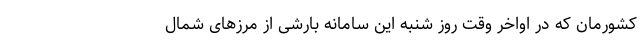
کشورمان که در اواخر وقت روز شنبه این سامانه بارشی از مرز‌های شمال